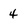
Character: 4